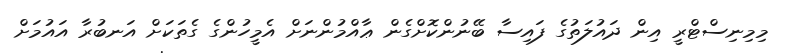
މިމިނިސްޓްރީ އިން ދައުލަތުގެ ފައިސާ ބޭނުންކޮށްގެން ޢާއްމުންނަށް އެމީހުންގެ ގެތަކަށް އަނބުރާ އައުމަށް